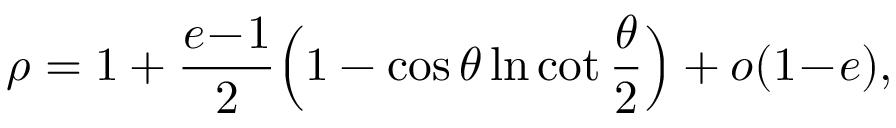
\rho = 1 + \frac { e \! - \! 1 } { 2 } \Big ( 1 - \cos \theta \ln \cot \frac \theta 2 \Big ) + o ( 1 \! - \! e ) ,